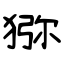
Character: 猕